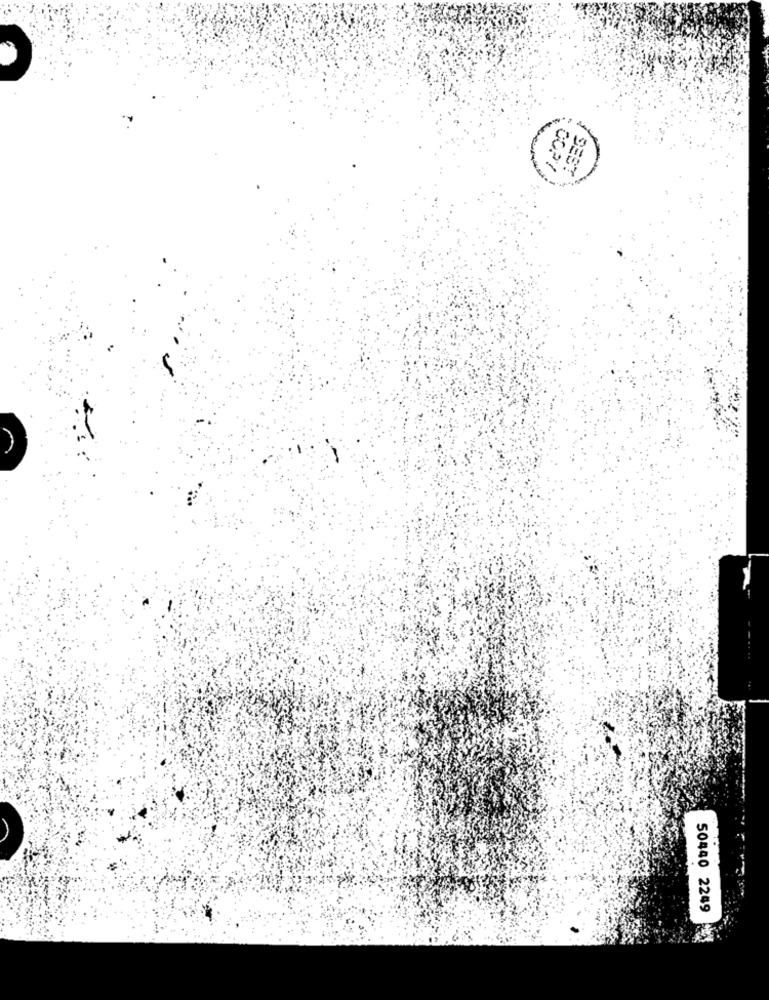
COPY
SEST
50440 2249